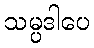
သမ္ပဒါပေ